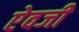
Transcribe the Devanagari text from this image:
एेवजी